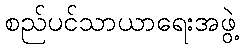
စည်ပင်သာယာရေးအဖွဲ့